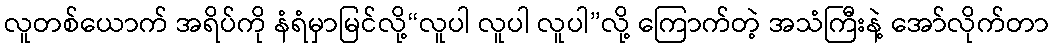
လူတစ်ယောက် အရိပ်ကို နံရံမှာမြင်လို့“လူပါ လူပါ လူပါ”လို့ ကြောက်တဲ့ အသံကြီးနဲ့ အော်လိုက်တာ